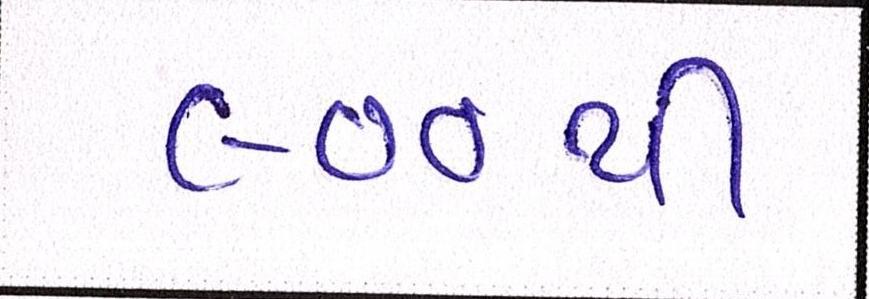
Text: ૯૦૦થી